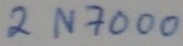
Text: 2N7000